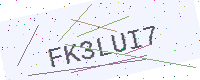
Text: FK3LUI7